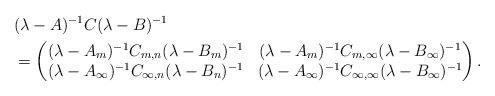
LaTeX: \begin{align*}&(\lambda-A)^{-1} C (\lambda-B)^{-1} \\&= \begin{pmatrix}(\lambda-A_m)^{-1} C_{m,n} (\lambda-B_m)^{-1} & (\lambda-A_m)^{-1} C_{m,\infty} (\lambda-B_\infty)^{-1}\\(\lambda-A_\infty)^{-1} C_{\infty,n} (\lambda-B_n)^{-1}&(\lambda-A_\infty)^{-1} C_{\infty,\infty} (\lambda-B_\infty)^{-1}\end{pmatrix}.\end{align*}